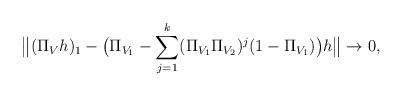
LaTeX: \begin{align*} \big\Vert (\Pi_V h)_1-\big(\Pi_{V_1}-\sum_{j=1}^k(\Pi_{V_1}\Pi_{V_2})^j(1-\Pi_{V_1})\big)h\big\Vert\rightarrow 0,\end{align*}